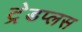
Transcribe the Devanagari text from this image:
ट्रेडप्लस